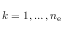
k = 1 , \dots , n _ { \mathrm { e } }